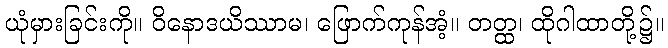
ယုံမှားခြင်းကို။ ဝိနောဒယိဿာမ၊ ဖြောက်ကုန်အံ့။ တတ္ထ၊ ထိုဂါထာတို့၌။